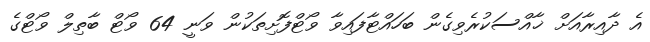
އެ ދާއިރާއަށް ޚާއްސަކުރެވިގެން ބަހައްޓާފައިވާ ވޯޓްފޮށިތަކުން ވަނީ 64 ވޯޓް ބާތިލް ވޯޓްގެ